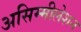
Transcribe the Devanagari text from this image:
असिम्मीलेशन